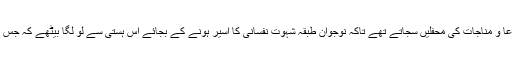
ڈاکٹر شہید جہاں ایک شب زندہ دار شخصیت تھے اور عمومی طور پر دعا و مناجات کی محفلیں سجاتے تھے تاکہ نوجوان طبقہ شہوت نفسانی کا اسیر ہونے کے بجائے اس ہستی سے لو لگا بیٹھے کہ جس کی محبت دائمی‛ جس کا عشق لازوال اور جس کی رحمتیں بے انتہا ہیں۔